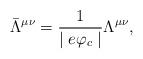
LaTeX: \begin{align*}\bar{\Lambda}^{\mu\nu}=\frac{1}{\mid e\varphi_{c} \mid }\Lambda^{\mu\nu},\end{align*}